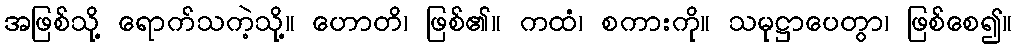
အဖြစ်သို့ ရောက်သကဲ့သို့။ ဟောတိ၊ ဖြစ်၏။ ကထံ၊ စကားကို။ သမုဋ္ဌာပေတွာ၊ ဖြစ်စေ၍။